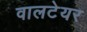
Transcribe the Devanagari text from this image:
वालटेयर